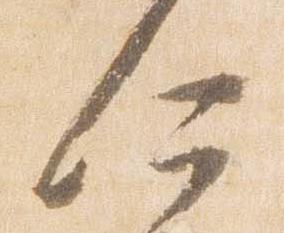
何